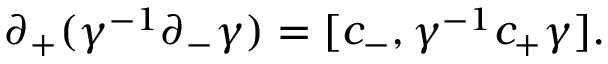
\partial _ { + } ( \gamma ^ { - 1 } \partial _ { - } \gamma ) = [ c _ { - } , \gamma ^ { - 1 } c _ { + } \gamma ] .